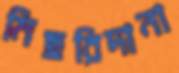
মিছরিদানা